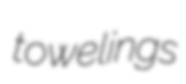
towelings